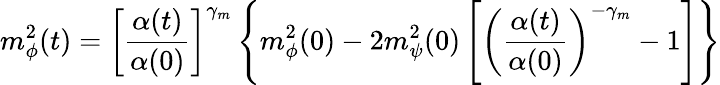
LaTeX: m_{\phi}^{2}(t)=\left[\frac{\alpha(t)}{\alpha(0)}\right]^{\gamma_{m}}\left\{ m_{\phi}^{2}(0)-2m_{\psi}^{2}(0)\left[\left(\frac{\alpha(t)}{\alpha(0)}\right)^{-\gamma_{m}}-1\right]\right\}